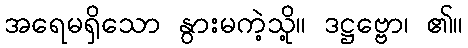
အရေမရှိသော နွားမကဲ့သို့။ ဒဋ္ဌဗ္ဗော၊ ၏။